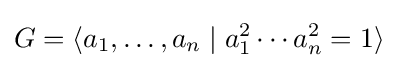
G=\langle a_{1},\dots ,a_{n}\mid a_{1}^{2}\cdots a_{n}^{2}=1\rangle